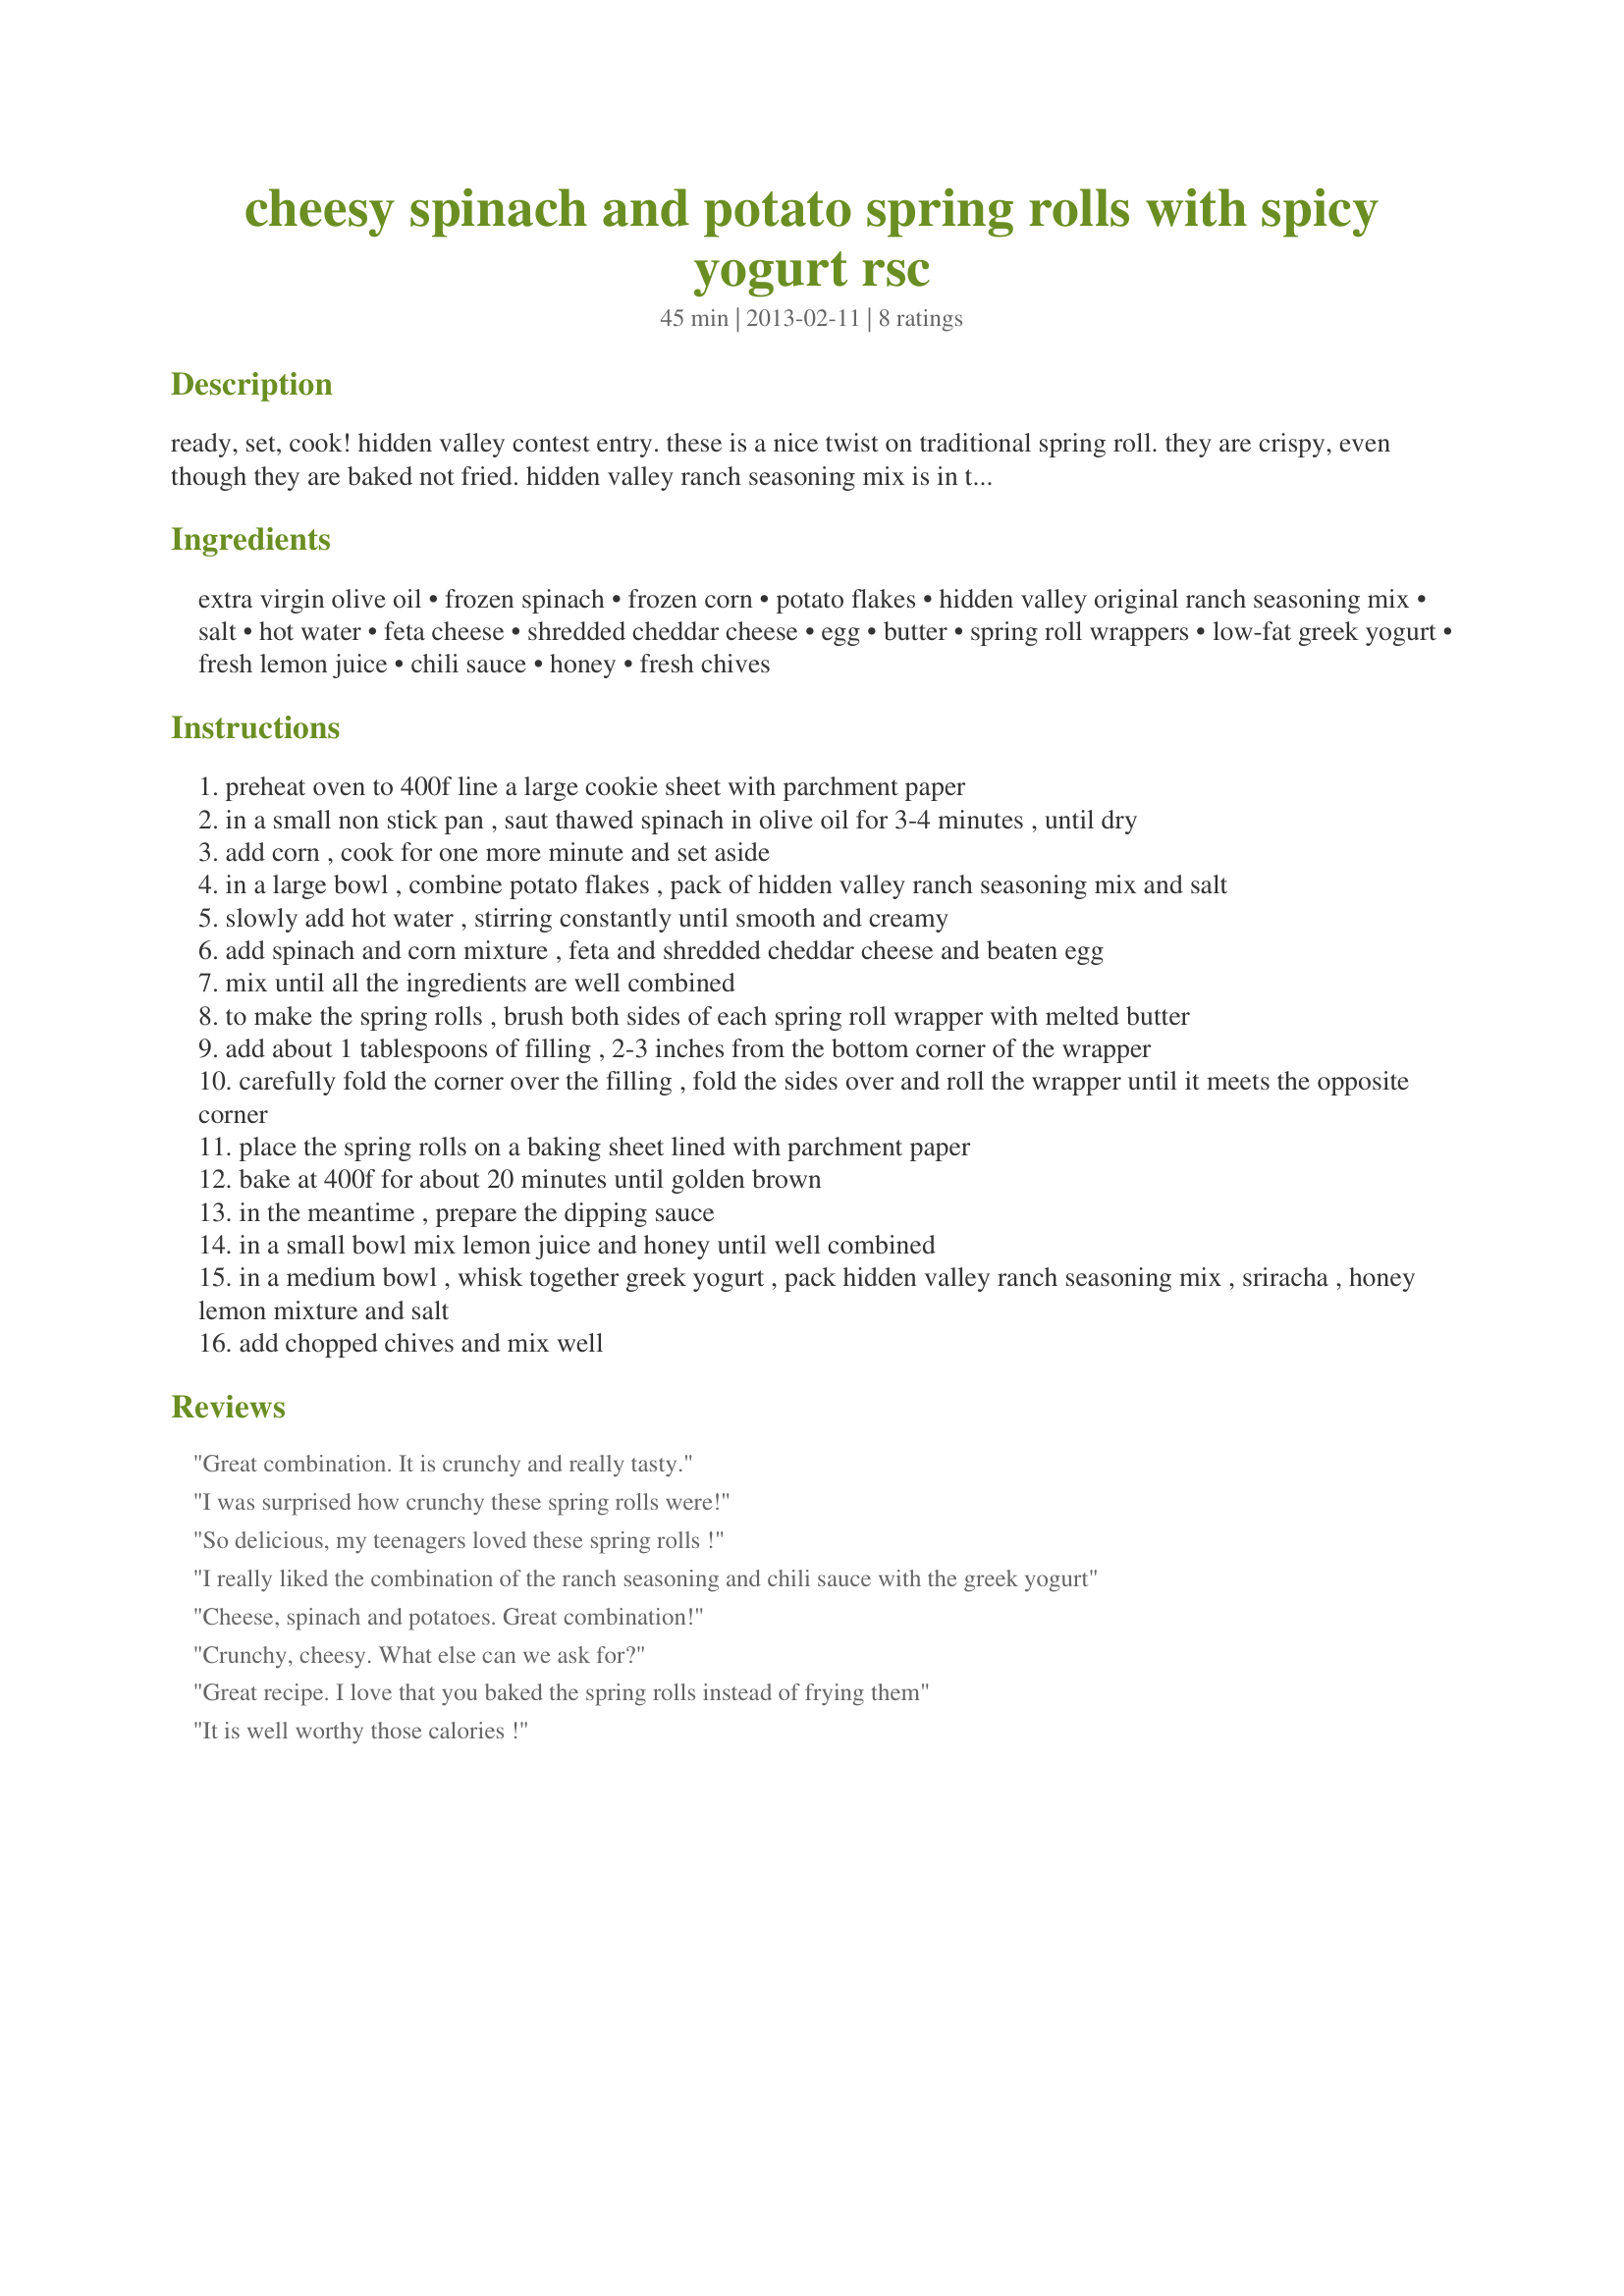
cheesy spinach and potato spring rolls with spicy yogurt rsc
Preparation time: 45 minutes

ready, set, cook! hidden valley contest entry. these is a nice twist on traditional spring roll. they are crispy, even though they are baked not fried. hidden valley ranch seasoning mix is in the filling and the dipping sauce/ enjoy!

Ingredients:
extra virgin olive oil, frozen spinach, frozen corn, potato flakes, hidden valley original ranch seasoning mix, salt, hot water, feta cheese, shredded cheddar cheese, egg, butter, spring roll wrappers, low-fat greek yogurt, fresh lemon juice, chili sauce, honey, fresh chives

Steps:
preheat oven to 400f line a large cookie sheet with parchment paper
in a small non stick pan , saut thawed spinach in olive oil for 3-4 minutes , until dry
add corn , cook for one more minute and set aside
in a large bowl , combine potato flakes , pack of hidden valley ranch seasoning mix and salt
slowly add hot water , stirring constantly until smooth and creamy
add spinach and corn mixture , feta and shredded cheddar cheese and beaten egg
mix until all the ingredients are well combined
to make the spring rolls , brush both sides of each spring roll wrapper with melted butter
add about 1 tablespoons of filling , 2-3 inches from the bottom corner of the wrapper
carefully fold the corner over the filling , fold the sides over and roll the wrapper until it meets the opposite corner
place the spring rolls on a baking sheet lined with parchment paper
bake at 400f for about 20 minutes until golden brown
in the meantime , prepare the dipping sauce
in a small bowl mix lemon juice and honey until well combined
in a medium bowl , whisk together greek yogurt , pack hidden valley ranch seasoning mix , sriracha , honey lemon mixture and salt
add chopped chives and mix well

Reviews:
Great combination. It is crunchy and really tasty.
I was surprised how crunchy these spring rolls were!
So delicious, my teenagers loved these spring rolls !
I really liked the combination of the ranch seasoning and chili sauce with the greek yogurt
Cheese, spinach and potatoes. Great combination!
Crunchy, cheesy. What else can we ask for?
Great recipe. I love that you baked the spring rolls instead of frying them
It is well worthy those calories !
